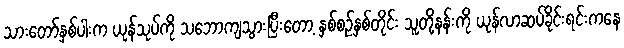
သားတော်နှစ်ပါးက ယုန်သုပ်ကို သဘောကျသွားပြီးတော့ နှစ်စဉ်နှစ်တိုင်း သူတို့နန်းကို ယုန်လာဆပ်ခိုင်းရင်းကနေ